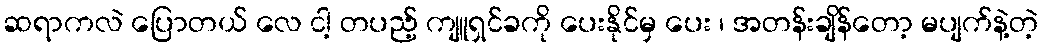
ဆရာကလဲ ပြောတယ် လေ ငါ့ တပည့် ကျူရှင်ခကို ပေးနိုင်မှ ပေး ၊ အတန်းချိန်တော့ မပျက်နဲ့တဲ့